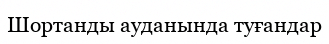
Шортанды ауданында туғандар